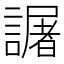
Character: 𧬅